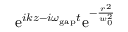
\mathrm { e } ^ { i k z - i \omega _ { \mathrm { g a p } } t } \mathrm { e } ^ { - \frac { r ^ { 2 } } { w _ { 0 } ^ { 2 } } }